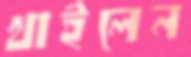
খাইলেন